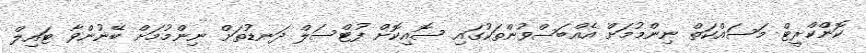
ކޮންކްރީޓް މަސައްކަތް ނިންމުމަށް އެއްބަސްވުންތަކުގައި ސޮއިކޮށް ފުޓްސަލް ދަނޑުތަށް ނިންމުމަށް ބޭނުންވާ ޓައިލް